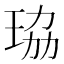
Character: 珕